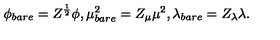
\phi _ { b a r e } = Z ^ { \frac { 1 } { 2 } } \phi , \mu _ { b a r e } ^ { 2 } = Z _ { \mu } \mu ^ { 2 } , \lambda _ { b a r e } = Z _ { \lambda } \lambda .